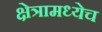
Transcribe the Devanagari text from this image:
क्षेत्रामध्येच